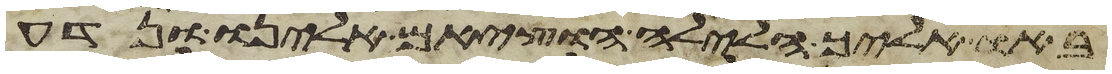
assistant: באו אליך הלילה הוציאם אלינו ונדע